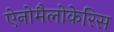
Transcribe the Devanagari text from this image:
ऐनोमैलोकेरिस